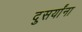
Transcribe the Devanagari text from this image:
दुसर्यांना